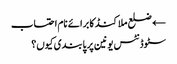
← ضلع ملاکنڈ کا برائے نام احتساب
سٹوڈنٹس یونین پر پابندی کیوں؟